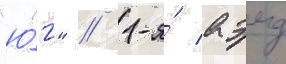
"ю́г" // 1-я́ аэмд